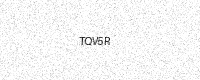
Text: TQV5R